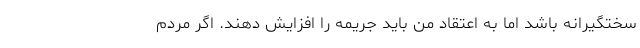
سختگیرانه باشد اما به اعتقاد من باید جریمه را افزایش دهند. اگر مردم